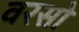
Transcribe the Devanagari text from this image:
वरसो